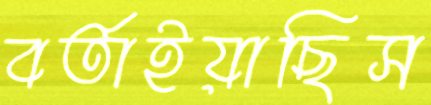
বর্তাইয়াছিস